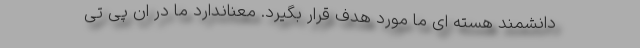
دانشمند هسته ای ما مورد هدف قرار بگیرد. معناندارد ما در ان پی تی